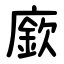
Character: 廞